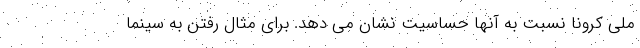
ملی کرونا نسبت به آنها حساسیت نشان می دهد. برای مثال رفتن به سینما